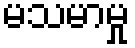
မသမာမှု